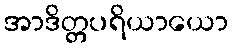
အာဒိတ္တပရိယာယော